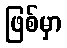
ဖြစ်မှာ